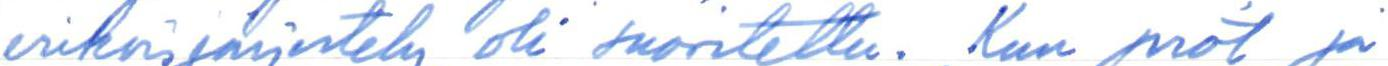
erikoisjärjestely oli suoritettu. Kun prot ja